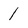
Character: 1